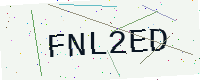
Text: FNL2ED